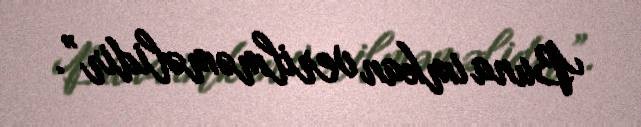
Buna imkan verilməməlidir”.